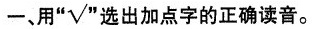
一、用”√”选出加点字的正确读音。